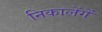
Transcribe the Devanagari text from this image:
निकालेंगें